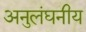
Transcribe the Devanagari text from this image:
अनुलंघनीय